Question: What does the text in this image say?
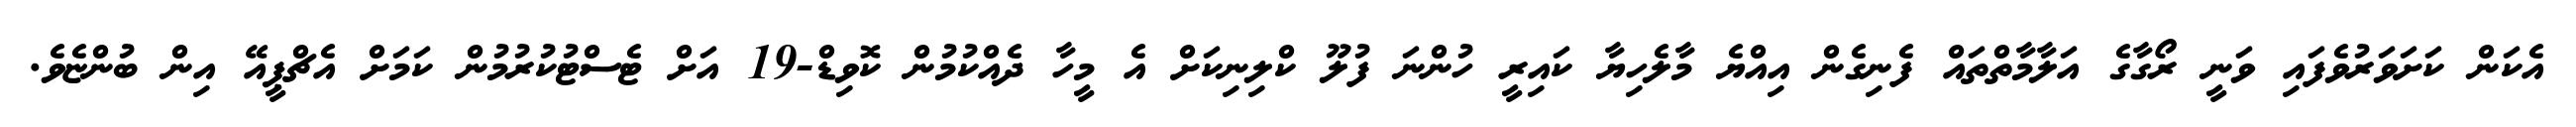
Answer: އެކަން ކަށަވަރުވެފައި ވަނީ ރޯގާގެ އަލާމާތްތައް ފެނިގެން އިއްޔެ މާލެހިޔާ ކައިރީ ހުންނަ ފުލޫ ކްލިނިކަށް އެ މީހާ ދެއްކުމުން ކޮވިޑް-19 އަށް ޓެސްޓުކުރުމުން ކަމަށް އެޗްޕީއޭ އިން ބުންޏެވެ.